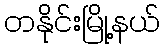
တနိုင်းမြို့နယ်